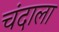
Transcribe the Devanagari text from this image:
चंदाला